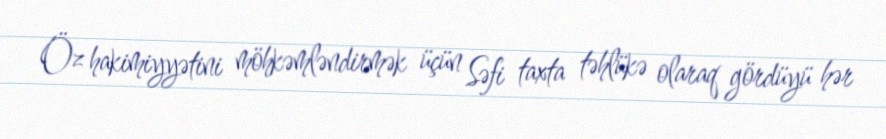
Öz hakimiyyətini möhkəmləndirmək üçün Səfi taxta təhlükə olaraq gördüyü hər